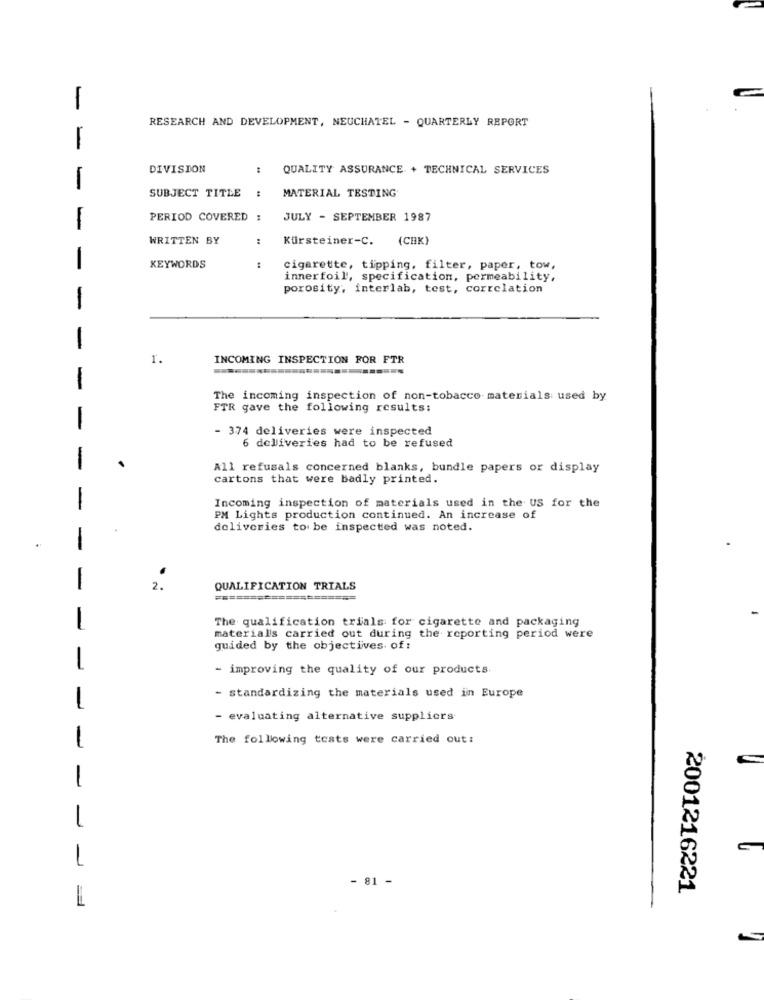
RESEARCH AND DEVELOPMENT, NEUCHATEL - QUARTERLY REPORT
-
DIVISION
:
QUALITY ASSURANCE + TECHNICAL SERVICES
SUBJECT TITLE
MATERIAL TESTING
PERIOD COVERED :
JULY - SEPTEMBER 1987
-
WRITTEN BY
Kursteiner-C.
(CHK}
-
KEYWORDS
:
cigarette, tipping, filter, paper, tow,
innerfoil, specification, permeability,
porosity, interlab, test, correlation
1
-
1.
INCOMING INSPECTION FOR FTR
-
The incoming inspection of non-tobacco materials used by
FTR gave the following results:
-
- 374 deliveries were inspected
6 deliveries had to be refused
-
All refusals concerned blanks, bundle papers or display
cartons that were badly printed.
1
Incoming inspection of materials used in the US for the
PM Lights production continued. An increase of
deliveries to be inspected was noted.
..
-
-
2.
QUALIFICATION TRIALS
==========
The qualification trials for cigarette and packaging
-
materials carried out during the reporting period were
guided by the objectives of:
- improving the quality of our products.
- standardizing the materials used in Europe
-
- evaluating alternative suppliers
1
The following tests were carried out:
1
-
1
81 -
2001216221